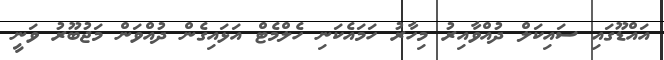
އައްޑޫގައި ސައިކަލް ދުއްވާއިރު މިހާރު ހަމައެކަނި ހެލްމެޓް އަޅައިގެން ދުއްވަން މަޖުބޫރު ވަނީ